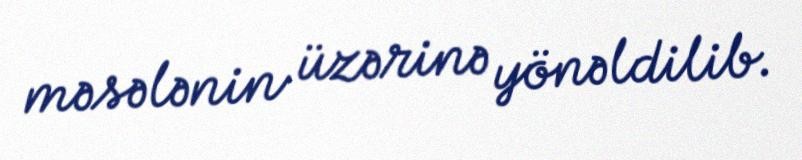
məsələnin üzərinə yönəldilib.